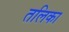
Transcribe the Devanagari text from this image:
तलिका